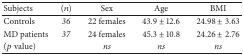
<table><thead><tr><td><b>Subjects</b></td><td><b>(<i>n</i>)</b></td><td><b>Sex</b></td><td><b>Age</b></td><td><b>BMI </b></td></tr></thead><tbody><tr><td>Controls</td><td><i>36 </i></td><td>22 females</td><td>43.9 ± 12.6 </td><td>24.98 ± 3.63</td></tr><tr><td>MD patients </td><td><i>37 </i></td><td>24 females</td><td>45.3 ± 10.8 </td><td>24.26 ± 2.76</td></tr><tr><td>(p value)</td><td> </td><td><i>ns </i></td><td><i>ns </i></td><td><i>ns </i></td></tr></tbody></table>